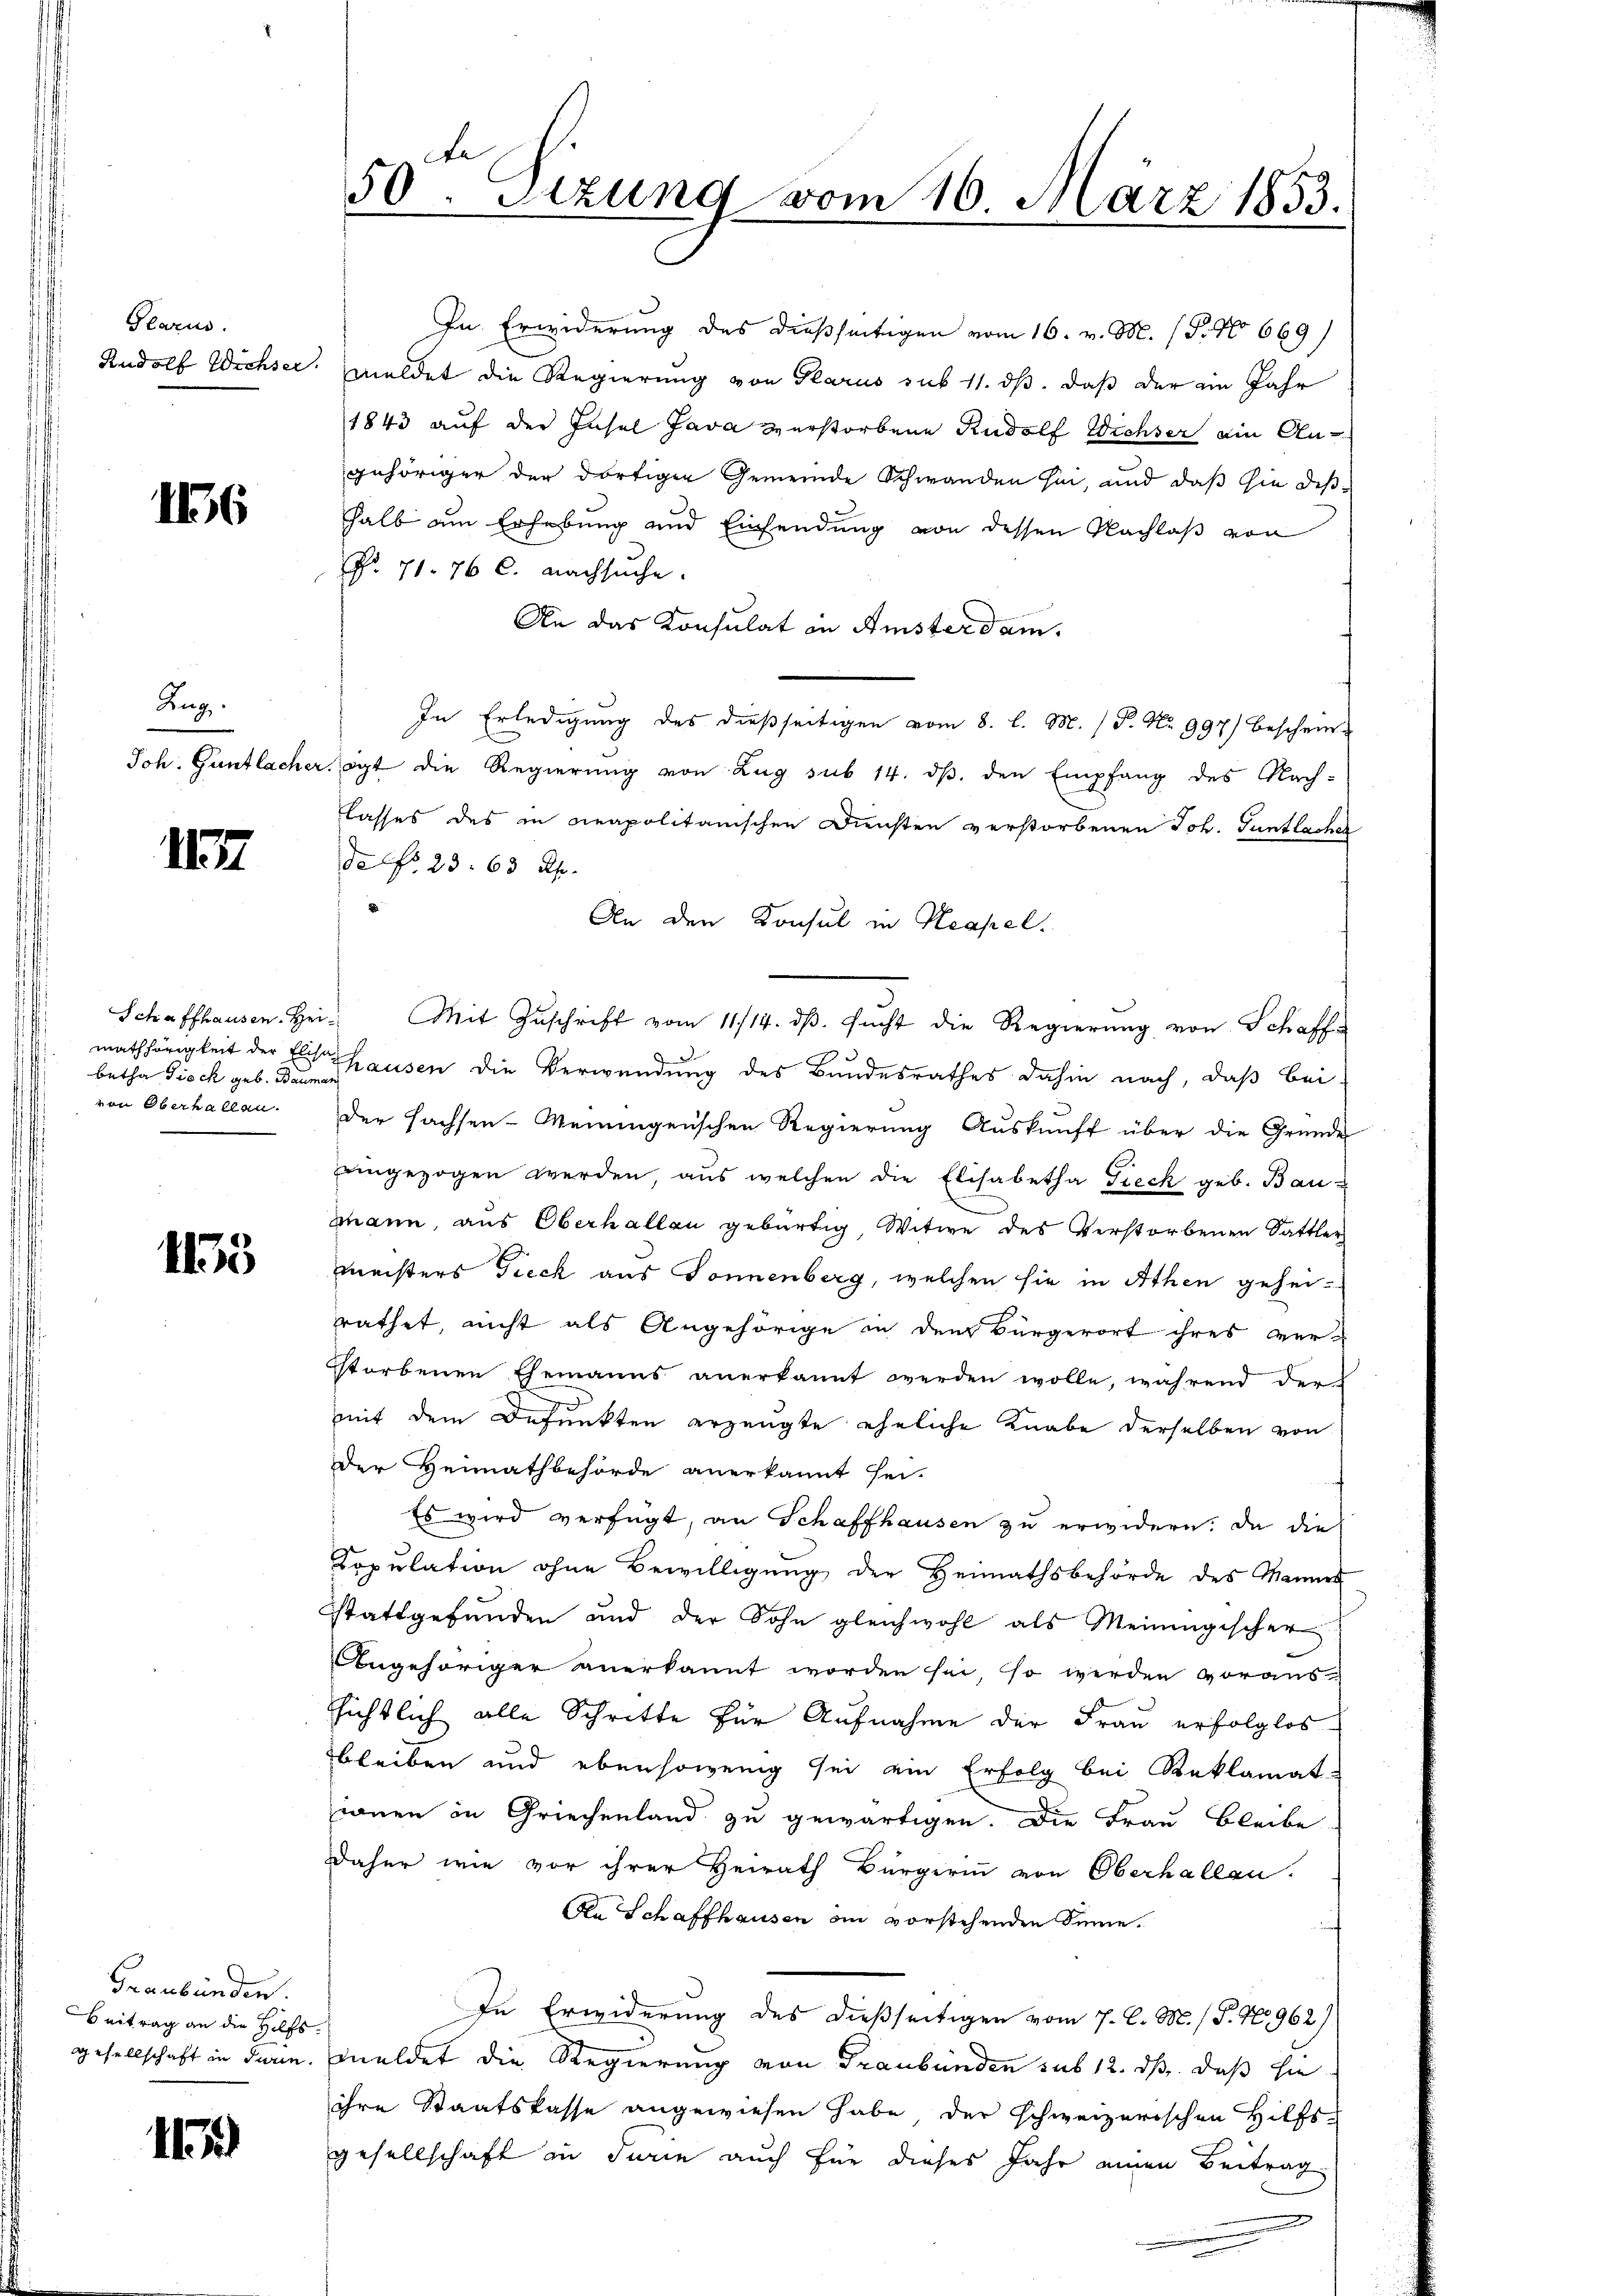
Glarus.
Rudolf Wichser.

16

Zug.
Joh. Güntlacher.

I

Schaffhausen. Heimathörigkeit der Elisa
von Oberhallen.

1135

Graubünden.
Beitrag an die Hilfs¬
Gesellschaft in darin.

11

50. Sizung vom 16. März 1853.

In Erwiderung des dießseitigen vom 16. v. M. (T. No 669
meldet die Regierung von Glarus sub 11. ds. daß der ein Jahr
1843 auf der Insel Java verstorbene Rudolf Wichser ain An-
gehöriger der dortiger Gemeinde Schwanden hin, und daß sie deshalb am Erhebung und Einsendung von dessen Nachlaß von
Nr. 71. 76 C. nachsuche.
An das Konsulat in Amsterdam.
In Erledigung des dießseitigen vom 8. l. M. P. Nr. 997) beschein-
igt die Regierung von Zug sub 14. ds. den Empfang des Nach-
lasses des in neapolitanischen Diensten verstorbenen Joh. Guntlacher
de No 23. 63 Rp.
An den Konsul in Neapel.
" Mit Zŭschrift vom 11./14. dβ. sucht die Regierŭng von Schaff-
betha Tisch geb. ausen die Verwendung des Bundesrathes dahin nach, daß bei-
der Sachsen-Meiningenschen Regierung Auskunft über die Gründe
eingezogen werden, aus welchen die Elisabetha Freck geb. Baumann, aus Oberhallen gebürtig, Witwe des Verstorbenen Sattler
Meisters Tieck aus Donnenberg, welchen sie in Athen geheirathet, nicht als Angehörige in dem Bürgerort ihres verstorbenen Ehemanns anerkannt werden wolle, während der
mit dem Befunkten erzeugte eheliche Knabe derselben von
der Heimathbehörde anerkannt hei-
Es wird verfügt, an Schaffhausen zu erwidern. Da die
Copulation ohne Bewilligung der Heimathsbehörde des Mannes
stattgefunden und der Sohn gleichwohl als Meiningischer
Angehöriger anerkannt worden sei, so werden voraus-
sichtlich alle Schritte für Aufnahme der Frau erfolglos
bleiben und ebensowenig sei ein Erfolg bei Reklamat
wonen in Griechenland zu gewärtigen. Die Frau Bleibe
daher wie vor ihrer Heirath Bürgerinn von Oberhallen.
An Schaffhausen an vorstehenden Sinne.
In Erwiderung des dießseitigen vom 7. C. M. (T. No 962)
meldet die Regierung von Graubünden sub 12. ds. daß sie
ihre Staatskasse angewiesen habe, der schweizerischen Hilfs-
gesellschaft in Turin auch für dieses Jahr einen Beitrag